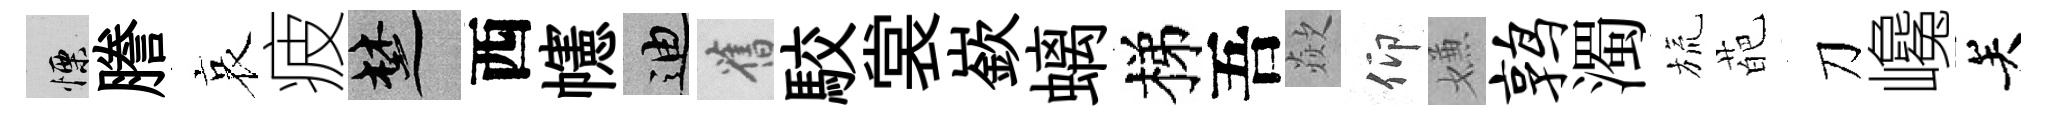
慄謄哀疲楚西幰迪舊駮裳嶔螭梯吾歘仰嫌鹑濁旒葩刀巉关